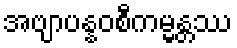
အဗျာပန္နဝစီကမ္မန္တဿ